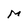
Character: M